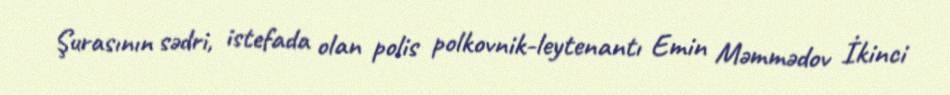
Şurasının sədri, istefada olan polis polkovnik-leytenantı Emin Məmmədov İkinci